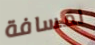
لمسافة